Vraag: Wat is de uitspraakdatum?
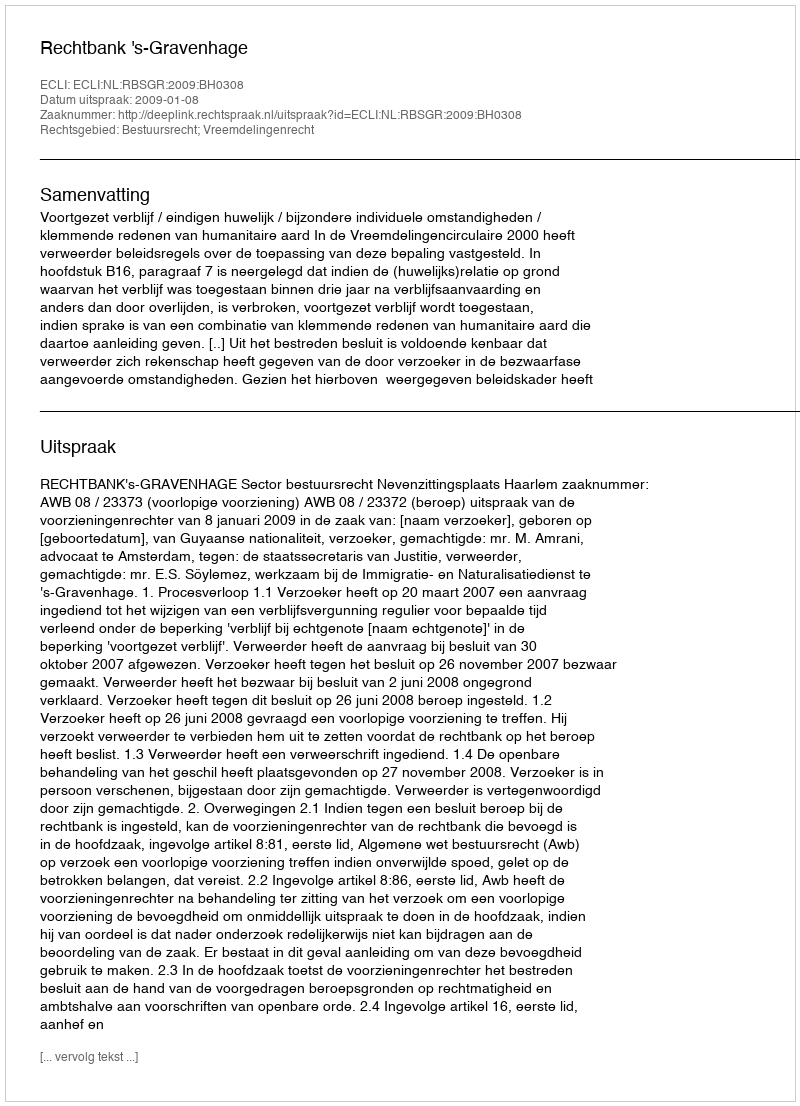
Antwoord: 2009-01-08